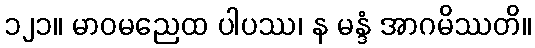
၁၂၁။ မာဝမညေထ ပါပဿ၊ န မန္ဒံ အာဂမိဿတိ။